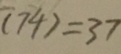
( 7 4 ) = 3 7